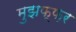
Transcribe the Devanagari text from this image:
मुझफ़्फ़र